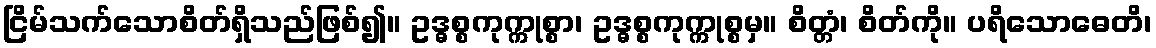
ငြိမ်သက်သောစိတ်ရှိသည်ဖြစ်၍။ ဥဒ္ဓစ္စကုက္ကုစ္စာ၊ ဥဒ္ဓစ္စကုက္ကုစ္စမှ။ စိတ္တံ၊ စိတ်ကို။ ပရိသောဓေတိ၊